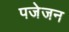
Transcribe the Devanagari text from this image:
पजेजन